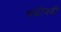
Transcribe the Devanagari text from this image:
चढोवढी